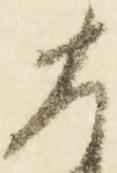
基